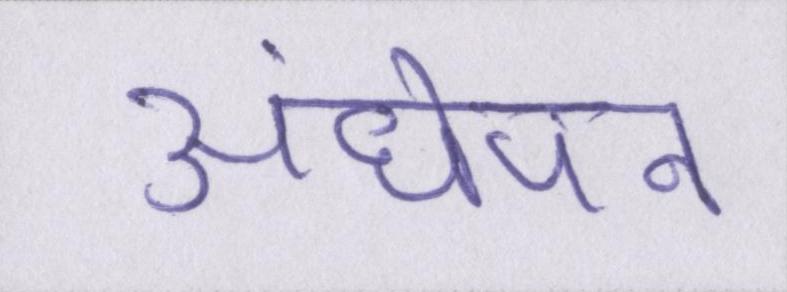
अंधेपन